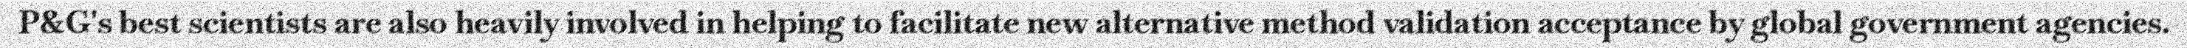
P&G's best scientists are also heavily involved in helping to facilitate new alternative method validation acceptance by global government agencies.